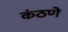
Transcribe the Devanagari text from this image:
कंठणे